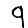
Digit: 9